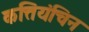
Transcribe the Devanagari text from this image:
कत्तियंचिन